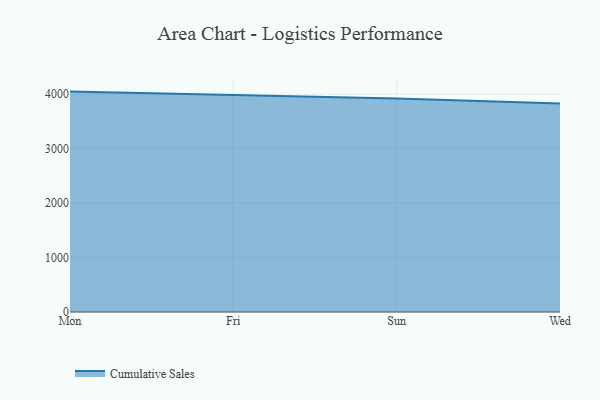
{"axis": {"x": "Day", "y": "Backlog"}, "legend": ["Cumulative Sales"], "data": [{"x": "Mon", "y": 4046.9, "type": "Cumulative Sales"}, {"x": "Fri", "y": 3989.3, "type": "Cumulative Sales"}, {"x": "Sun", "y": 3918.3, "type": "Cumulative Sales"}, {"x": "Wed", "y": 3828.5, "type": "Cumulative Sales"}]}